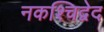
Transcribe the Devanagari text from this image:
नकश्चिद्वेद